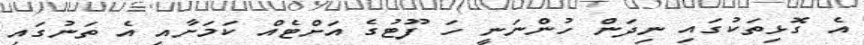
އެ ގޮޅިތަކުގައި ނިދަން ހުންނަނީ ހަ ފޫޓުގެ އަށްޓެއް ކަމަށާއި އެ ތަނުގައި